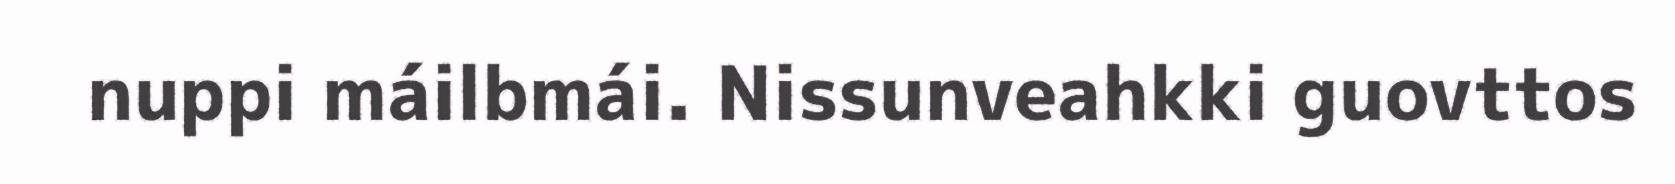
nuppi máilbmái. Nissunveahkki guovttos